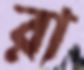
রা